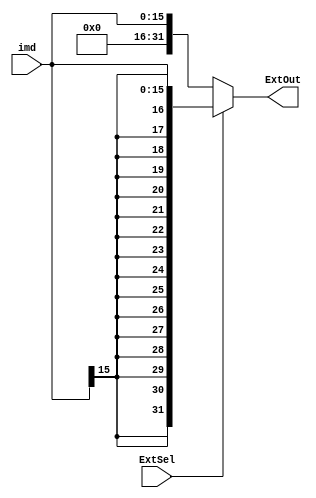
module Extend(
    input ExtSel,
    input [15:0] imd,
    output reg [31:0] ExtOut
    );
    
    always @(imd or ExtSel) begin
        if (ExtSel) begin
            ExtOut <= {{16{imd[15]}}, imd[15:0]};
        end
        else begin
            ExtOut <= {{16{0}}, imd[15:0]};
        end
    end
endmodule